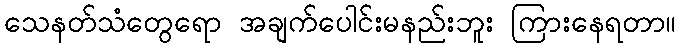
သေနတ်သံတွေရော အချက်ပေါင်းမနည်းဘူး ကြားနေရတာ။